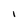
Character: I